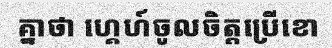
គ្នាថា ហ្គេហ៍ចូលចិត្តប្រើខោ